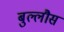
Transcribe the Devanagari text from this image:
बुल्लौस